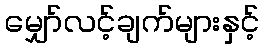
မျှော်လင့်ချက်များနှင့်